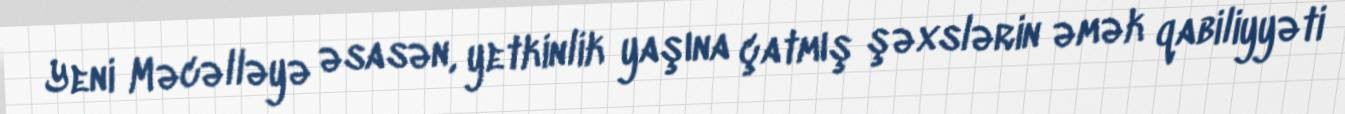
Yeni Məcəlləyə əsasən, yetkinlik yaşına çatmış şəxslərin əmək qabiliyyəti